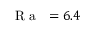
\mathrm { ~ \textit ~ { ~ R ~ a ~ } ~ } = 6 . 4